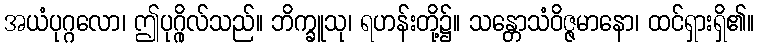
အယံပုဂ္ဂလော၊ ဤပုဂ္ဂိုလ်သည်။ ဘိက္ခူသု၊ ရဟန်းတို့၌။ သန္တောသံဝိဇ္ဇမာနော၊ ထင်ရှားရှိ၏။